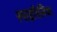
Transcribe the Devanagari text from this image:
स्पाइरिलिया